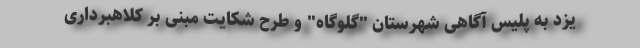
یزد به پلیس آگاهی شهرستان "گلوگاه" و طرح شکایت مبنی بر کلاهبرداری